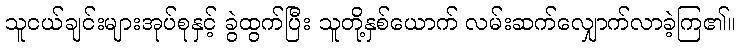
သူငယ်ချင်းများအုပ်စုနှင့် ခွဲထွက်ပြီး သူတို့နှစ်ယောက် လမ်းဆက်လျှောက်လာခဲ့ကြ၏။